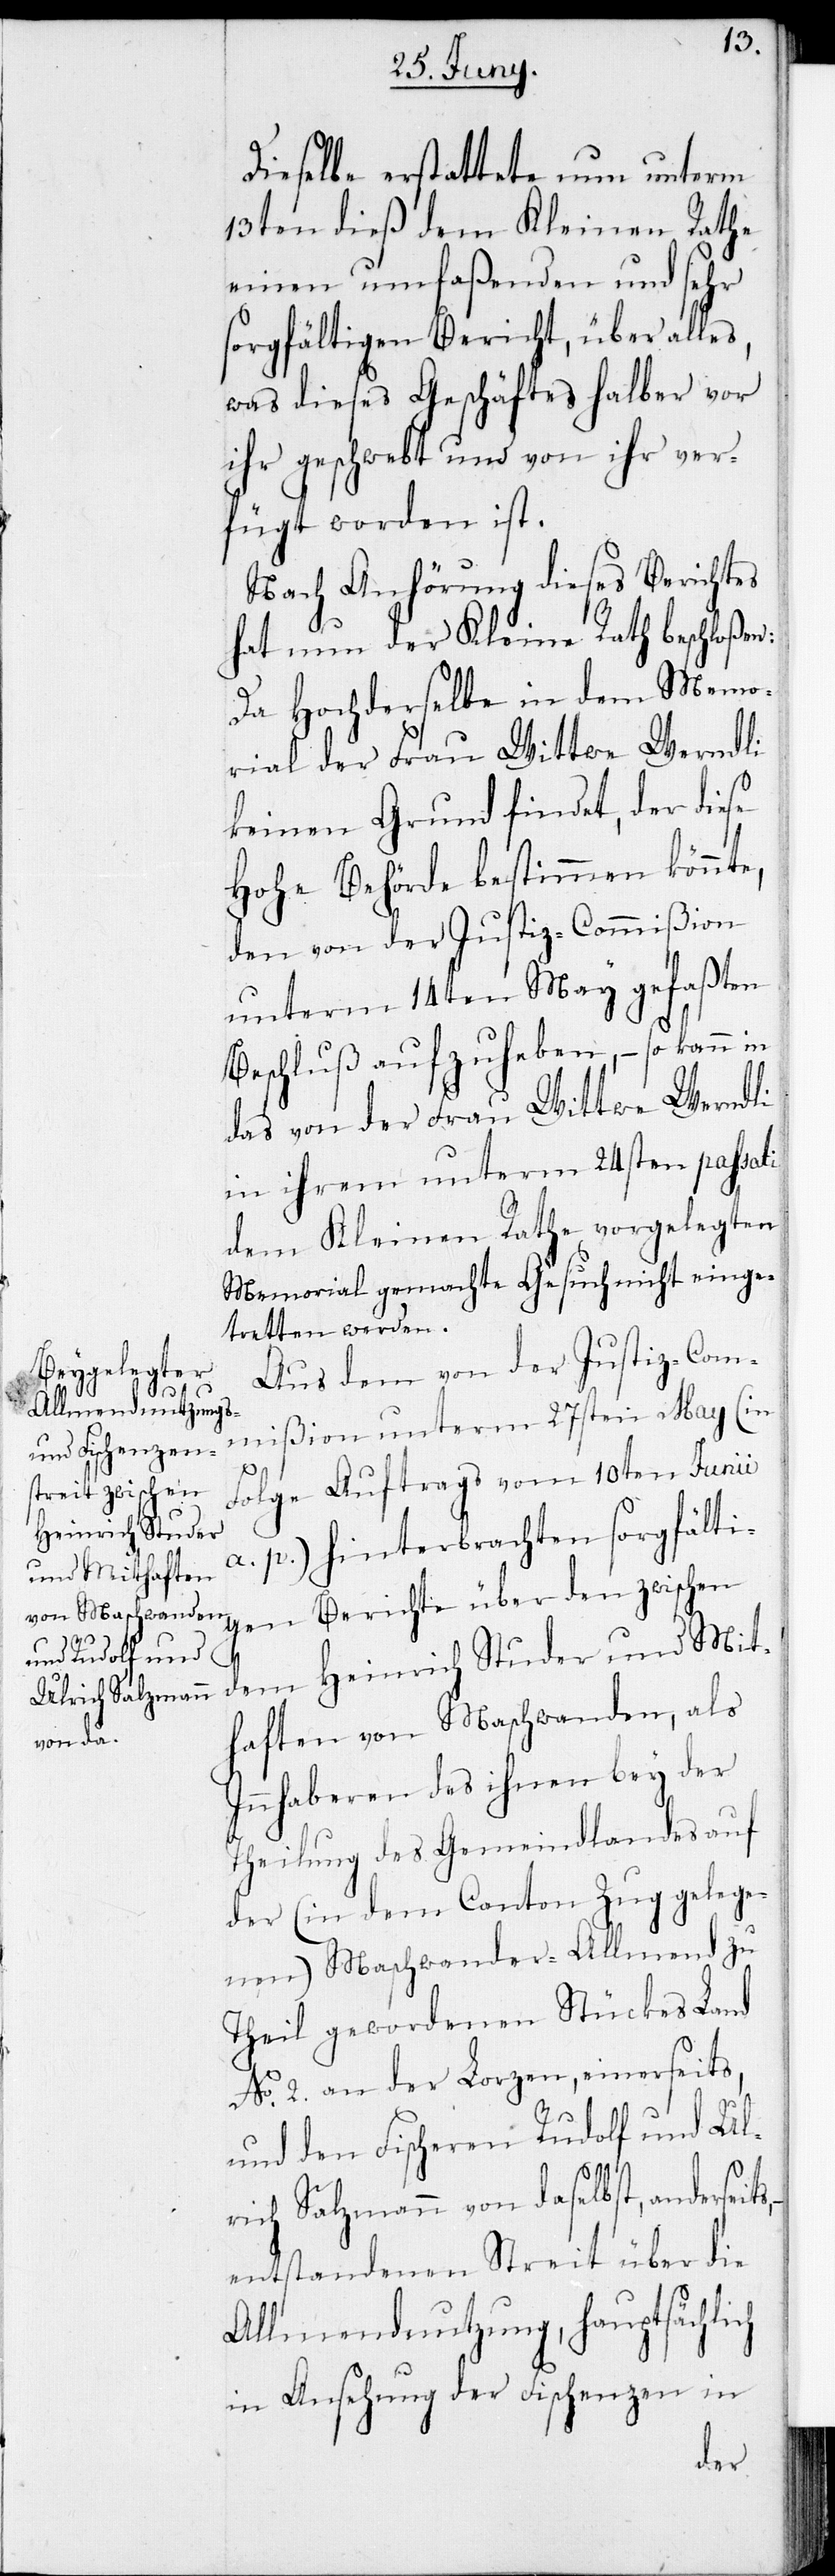
Dieselbe erstattete nun unterm
13ten dieß dem Kleinen Rathe
einen umfaßenden und sehr
sorgfältigen Bericht, über alles,
was dieses Geschäftes halber vor
ihr geschwebt und von ihr ver¬
fügt worden ist.
Nach Anhörung dieses Berichtes
hat nun der Kleine Rath beschloßen:
Da Hochderselbe in dem Memo¬
rial der Frau Wittwe Werndli
keinen Grund findet, der diese
Hohe Behörde bestimmen könnte,
den von der Justiz-Commißion
unterm 14ten May gefaßten
Beschluß aufzuheben, – so kann
das von der Wittwe Werndli
in ihrem unterm 24sten passati
dem Kleinen Rathe vorgelegten
Memorial gemachte Gesuch nicht einge¬
tretten werden.
Aus dem von der Justiz-Com¬
mißion unterm 27sten May (in
Folge Auftrags vom 10ten Junii
a. p.) hinterbrachten sorgfälti¬
gen Berichte über den zwischen
dem Heinrich Studer und Mit¬
haften von Maschwanden, als
Innhaberen des ihnen bey der
Theilung des Gemeindlandes auf
der (in dem Canton Zug gelege¬
nen) Maschwander-Allmend zu
Theil gewordenen Stückes Land
No. 2. an der Lorzen, einerseits,
und den Fischeren Rudolf und Ul¬
rich Salzmann von daselbst, anderseits,
entstandenen Streit über die
Allmendnutzung, hauptsächlich
in Ansehung der Fischenzen in